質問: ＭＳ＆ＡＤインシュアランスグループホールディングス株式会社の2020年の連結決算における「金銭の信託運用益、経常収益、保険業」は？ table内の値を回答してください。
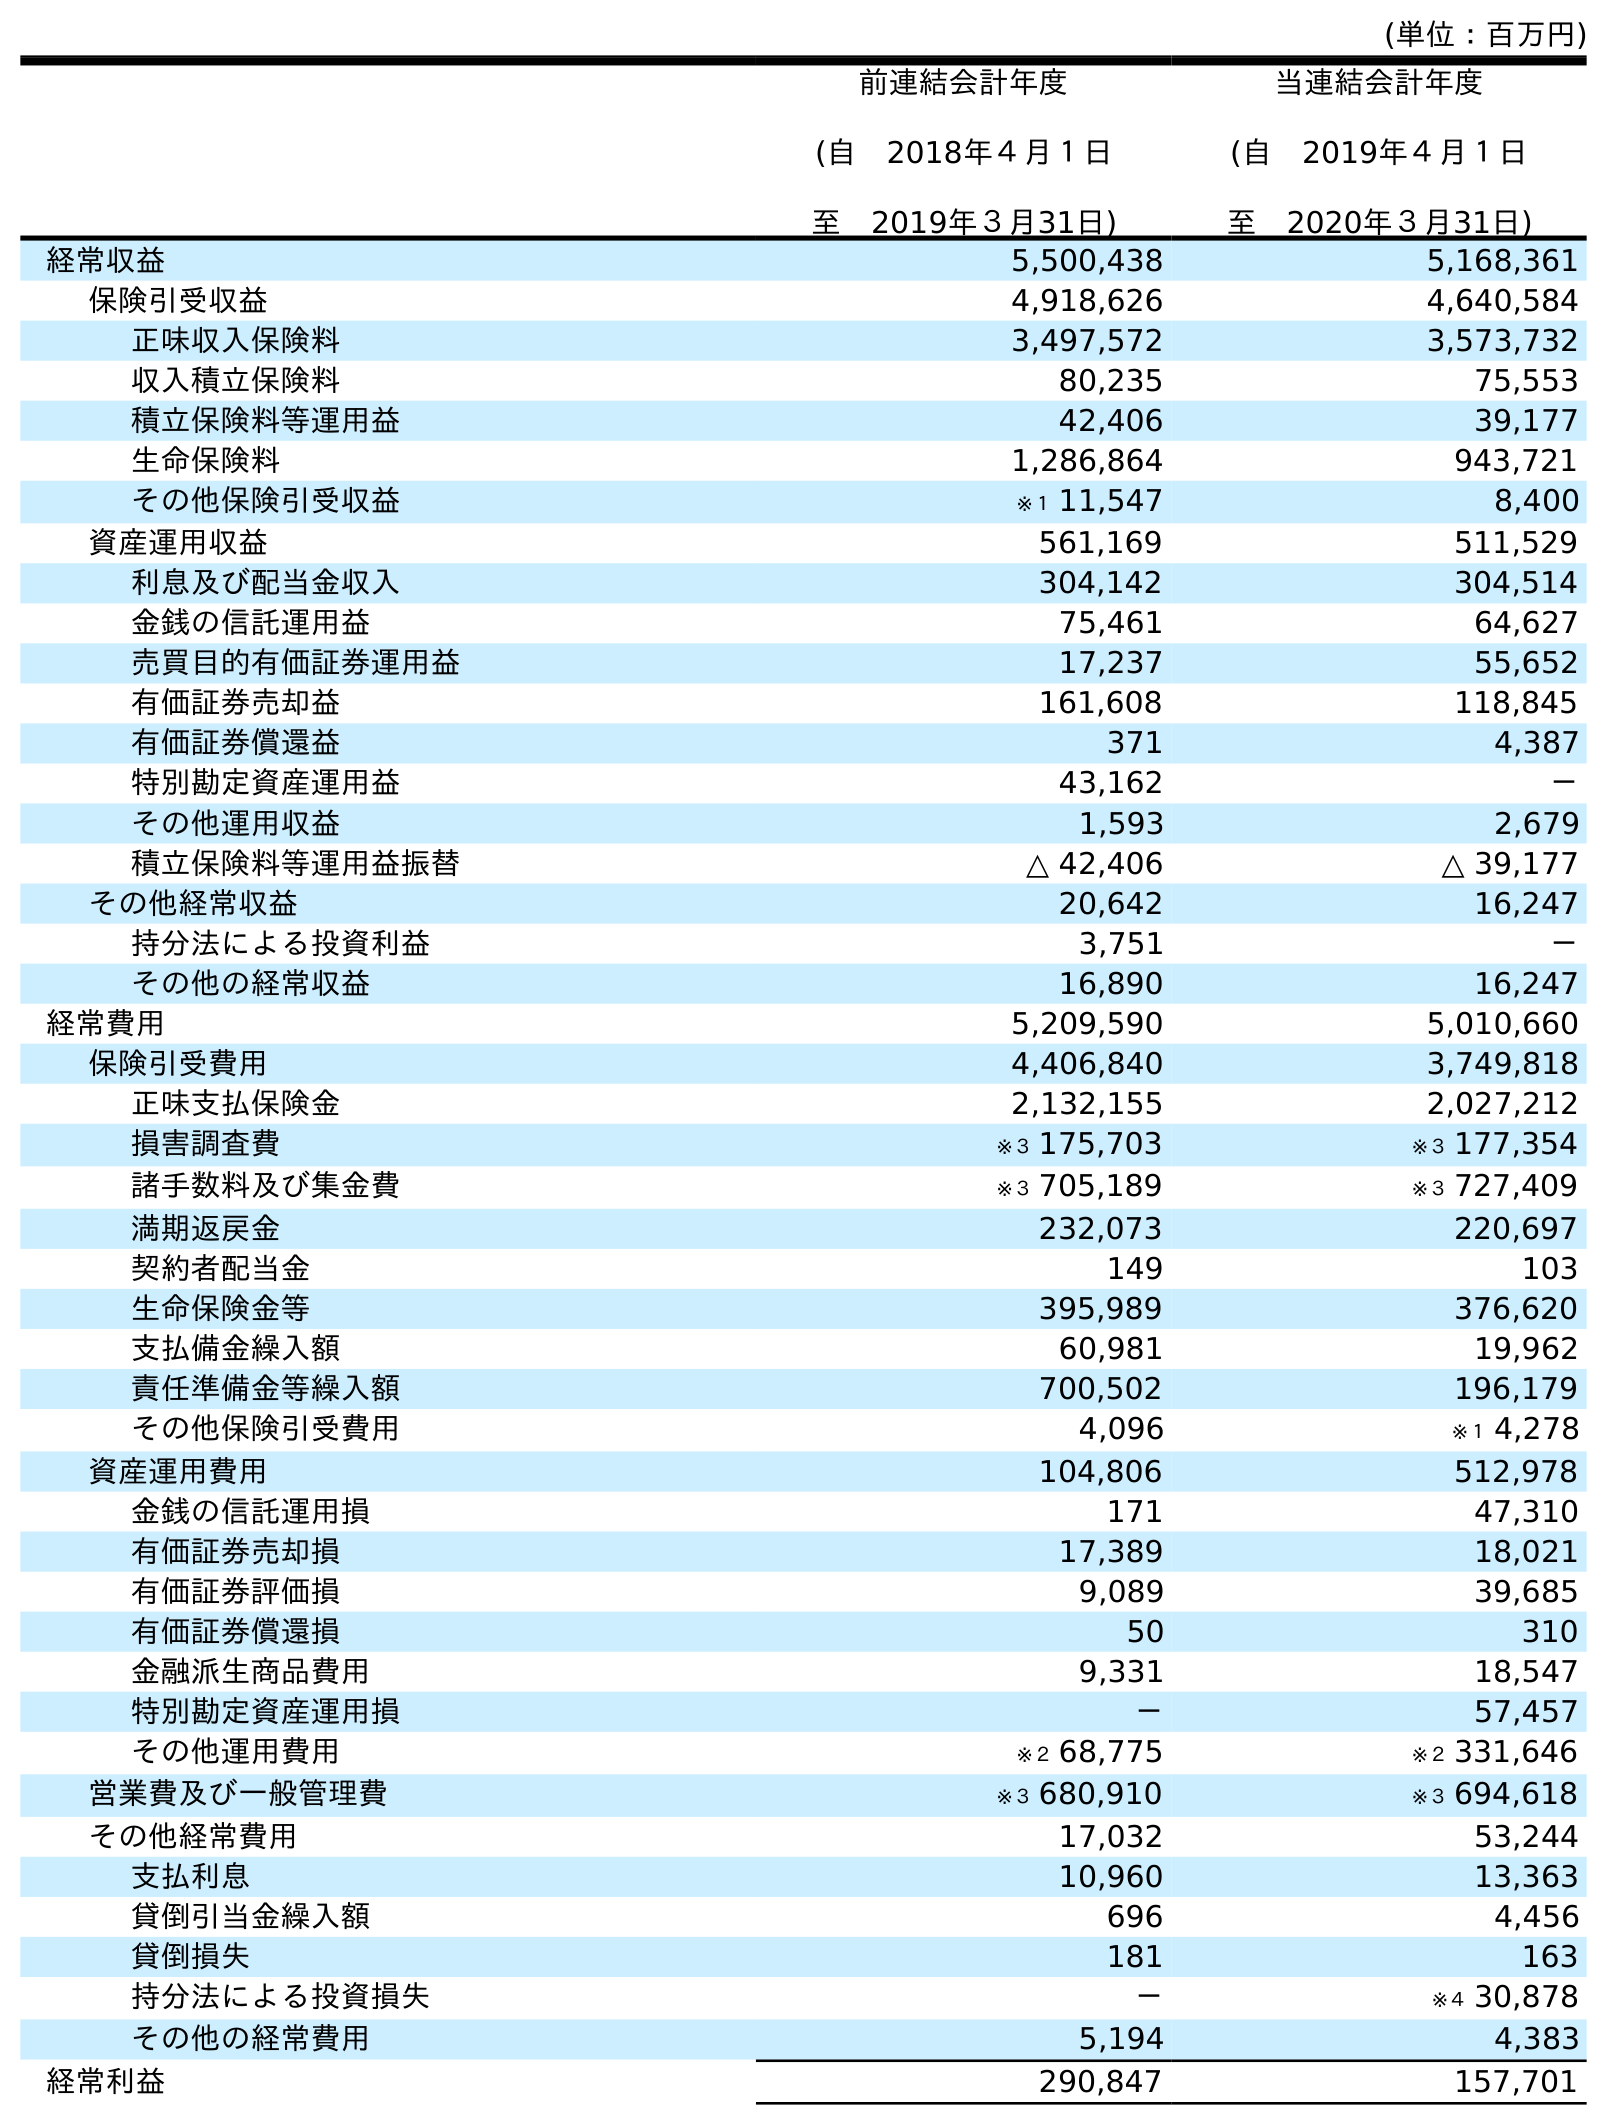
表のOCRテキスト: (単位：百万円) 前連結会計年度 (自 2018年４月１日 至 2019年３月31日) 当連結会計年度 (自 2019年４月１日 至 2020年３月31日) 経常収益 5,500,438 5,168,361 保険引受収益 4,918,626 4,640,584 正味収入保険料 3,497,572 3,573,732 収入積立保険料 80,235 75,553 積立保険料等運用益 42,406 39,177 生命保険料 1,286,864 943,721 その他保険引受収益 ※１ 11,547 8,400 資産運用収益 561,169 511,529 利息及び配当金収入 304,142 304,514 金銭の信託運用益 75,461 64,627 売買目的有価証券運用益 17,237 55,652 有価証券売却益 161,608 118,845 有価証券償還益 371 4,387 特別勘定資産運用益 43,162 － その他運用収益 1,593 2,679 積立保険料等運用益振替 △ 42,406 △ 39,177 その他経常収益 20,642 16,247 持分法による投資利益 3,751 － その他の経常収益 16,890 16,247 経常費用 5,209,590 5,010,660 保険引受費用 4,406,840 3,749,818 正味支払保険金 2,132,155 2,027,212 損害調査費 ※３ 175,703 ※３ 177,354 諸手数料及び集金費 ※３ 705,189 ※３ 727,409 満期返戻金 232,073 220,697 契約者配当金 149 103 生命保険金等 395,989 376,620 支払備金繰入額 60,981 19,962 責任準備金等繰入額 700,502 196,179 その他保険引受費用 4,096 ※１ 4,278 資産運用費用 104,806 512,978 金銭の信託運用損 171 47,310 有価証券売却損 17,389 18,021 有価証券評価損 9,089 39,685 有価証券償還損 50 310 金融派生商品費用 9,331 18,547 特別勘定資産運用損 － 57,457 その他運用費用 ※２ 68,775 ※２ 331,646 営業費及び一般管理費 ※３ 680,910 ※３ 694,618 その他経常費用 17,032 53,244 支払利息 10,960 13,363 貸倒引当金繰入額 696 4,456 貸倒損失 181 163 持分法による投資損失 － ※４ 30,878 その他の経常費用 5,194 4,383 経常利益 290,847 157,701
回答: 64,627